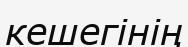
кешегінің